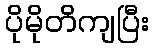
ပိုမိုတိကျပြီး